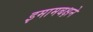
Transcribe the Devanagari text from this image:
इमामबक्षने